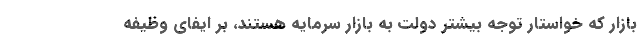
بازار که خواستار توجه بیشتر دولت به بازار سرمایه هستند، بر ایفای وظیفه